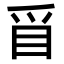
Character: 𥄃